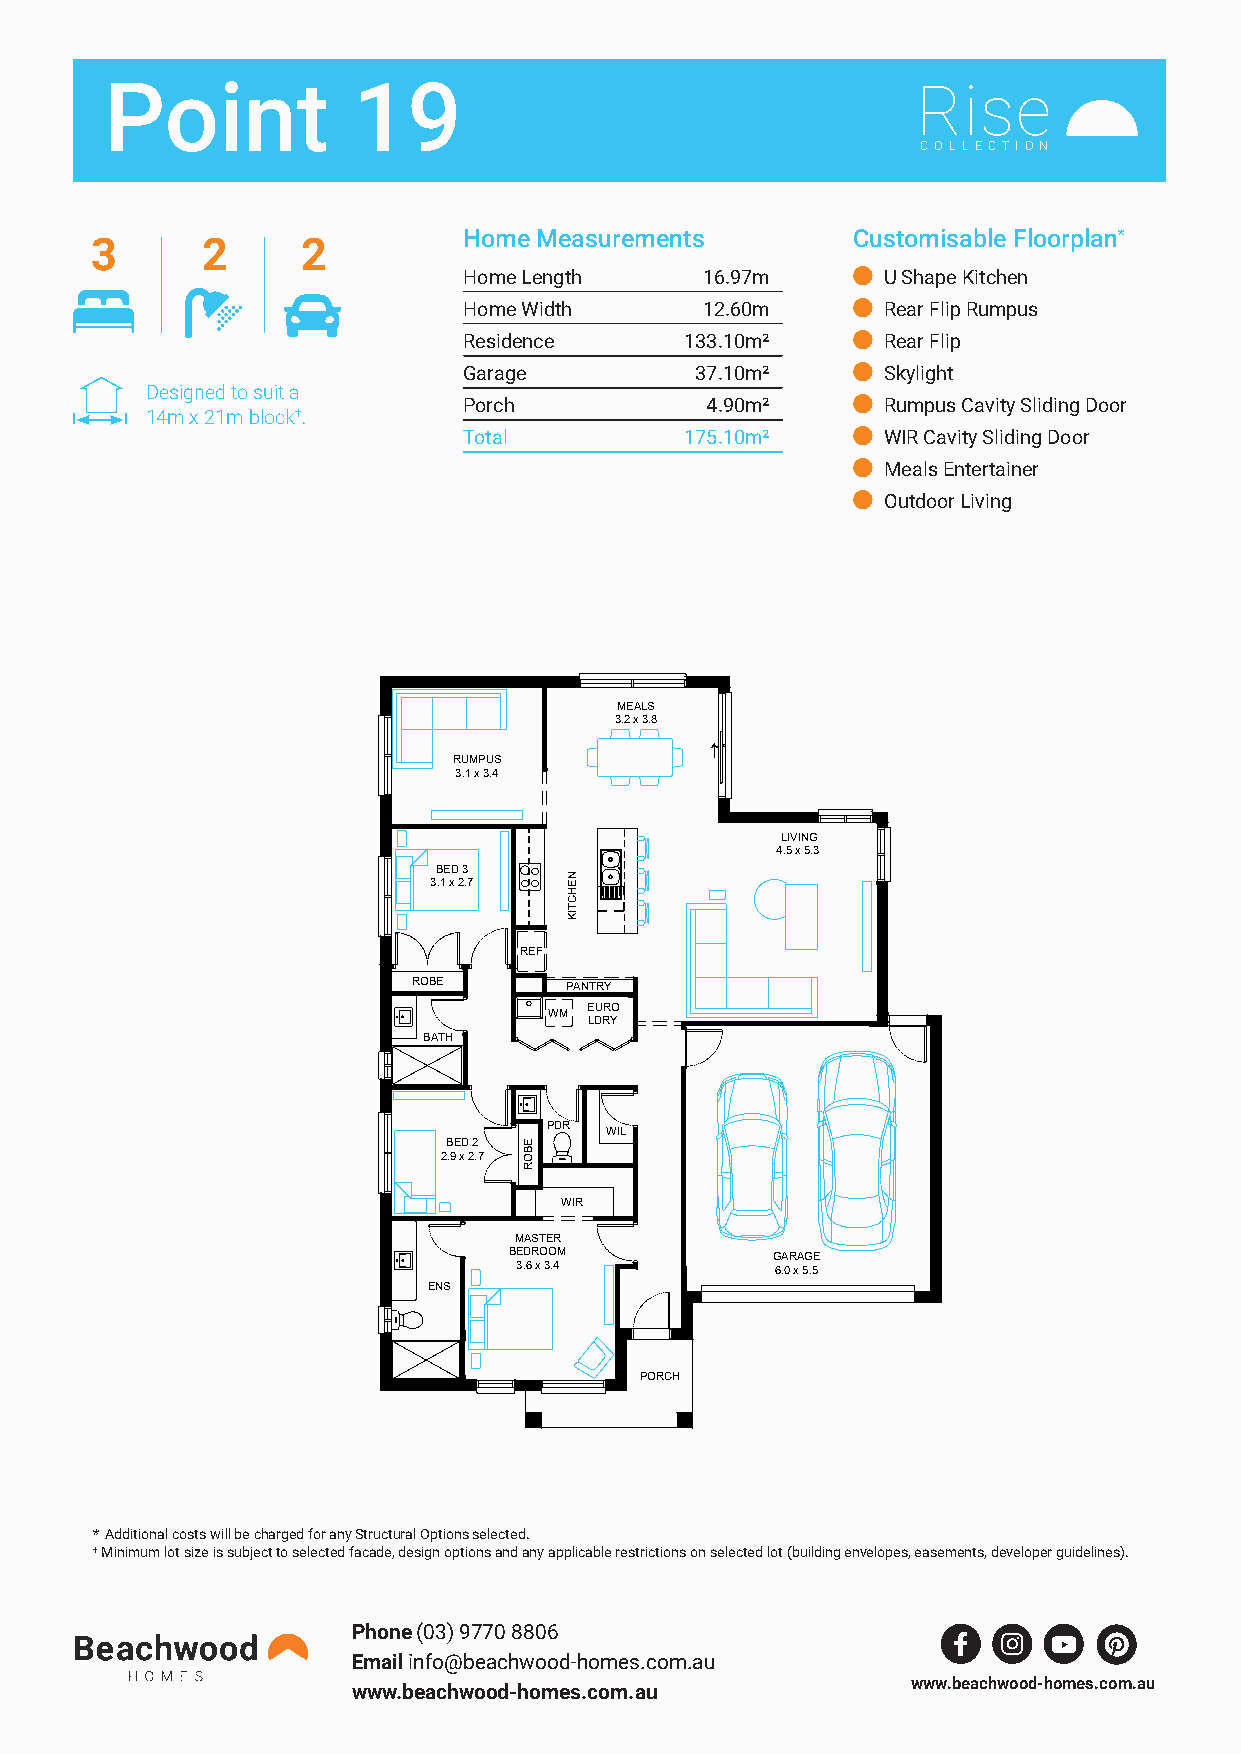
Point           19
 COLLECT ION
 Home Measurements        Customisable Floorplan*
 3      2      2
 Home Length    16.97m      U Shape Kitchen
 Home Width     12.60m      Rear Flip Rumpus
 Residence     133.10m²     Rear Flip
 Garage         37.10m²     Skylight
 Designed to suit a
 Porch           4.90m²     Rumpus Cavity Sliding Door
 14m x 21m block†.
 Total         175.10m²     WIR Cavity Sliding Door
   Meals Entertainer
   Outdoor Living
 MEALS
 3.2 x 3.8
 RUMPUS
 3.1 x 3.4
 LIVING
 4.5 x 5.3
 BED 3
 3.1 x 2.7
 REF
 ROBE      PANTRY
 WM EURO
 LDRY
 BATH
 PDR WIL
 BED 2
 2.9 x 2.7
 WIR
 MASTER
 BEDROOM          GARAGE
 3.6 x 3.4        6.0 x 5.5
 ENS
 PORCH
 * Additional costs will be charged for any Structural Options selected.
 † Minimum lot size is subject to selected facade, design options and any applicable restrictions on selected lot (building envelopes, easements, developer guidelines).
 Phone (03) 9770 8806
 Email info@beachwood-homes.com.au
 www.beachwood-homes.com.au
 www.beachwood-homes.com.au
 EBOR
 NEHCTIK